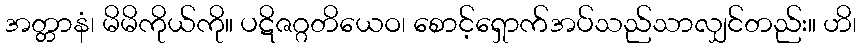
အတ္တာနံ၊ မိမိကိုယ်ကို။ ပဋိဇဂ္ဂတိယေဝ၊ စောင့်ရှောက်အပ်သည်သာလျှင်တည်း။ ဟိ၊